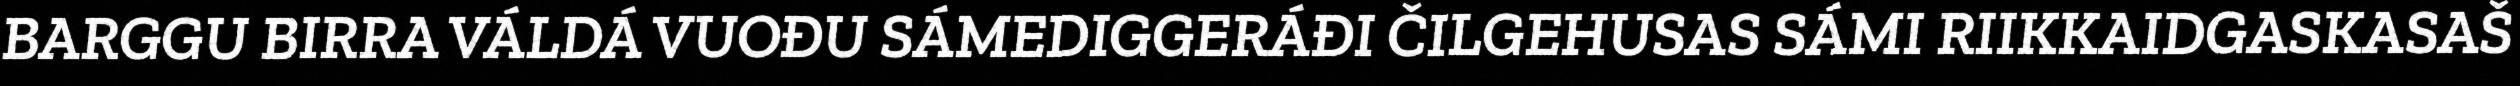
BARGGU BIRRA VÁLDÁ VUOĐU SÁMEDIGGERÁĐI ČILGEHUSAS SÁMI RIIKKAIDGASKASAŠ